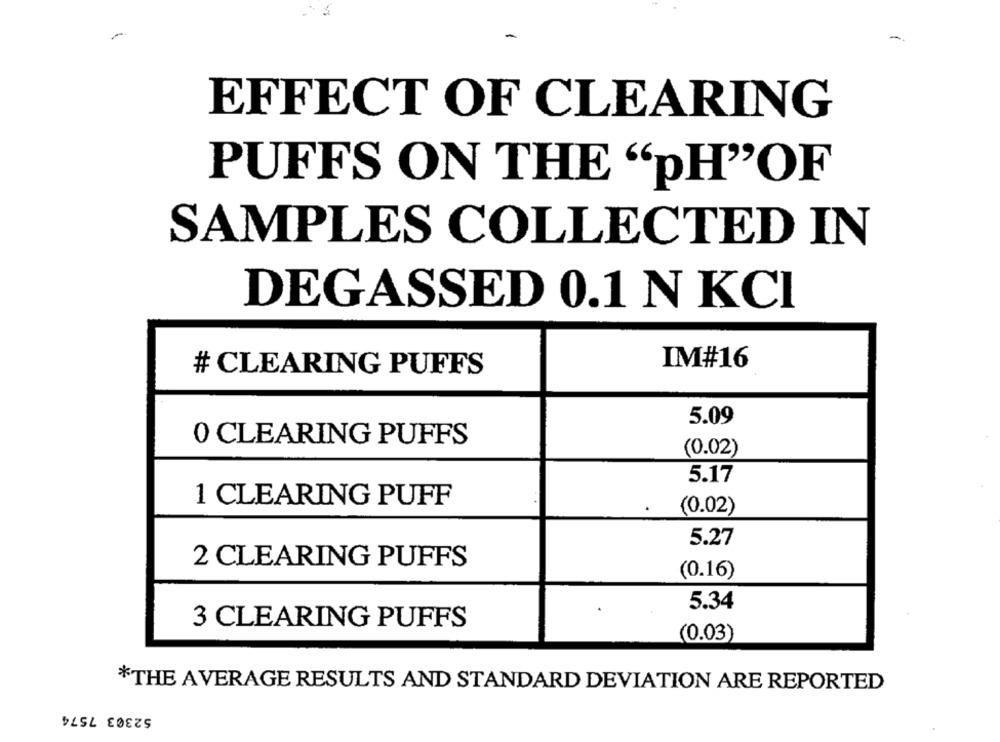
EFFECT OF CLEARING
PUFFS ON THE "pH"OF
SAMPLES COLLECTED IN
DEGASSED 0.1 N KCI
IM#16
# CLEARING PUFFS
5.09
0 CLEARING PUFFS
(0.02)
5.17
1 CLEARING PUFF
(0.02)
5.27
2 CLEARING PUFFS
(0.16)
5.34
3 CLEARING PUFFS
(0.03)
*THE AVERAGE RESULTS AND STANDARD DEVIATION ARE REPORTED
52303 7574